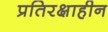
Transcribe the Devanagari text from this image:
प्रतिरक्षाहीन